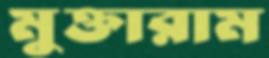
মুক্তারাম